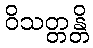
ဝိသတ္တန္တိ